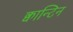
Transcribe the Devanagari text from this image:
क्वान्टिन